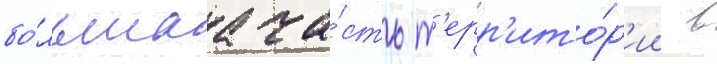
бо́льшаа ча́сть т'ерр'ито́р'ии в